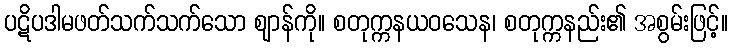
ပဋိပဒါမဖတ်သက်သက်သော ဈာန်ကို။ စတုက္ကနယဝသေန၊ စတုက္ကနည်း၏ အစွမ်းဖြင့်။